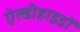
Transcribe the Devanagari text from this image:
ऐल्डीहाइडों